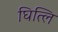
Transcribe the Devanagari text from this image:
घित्लि